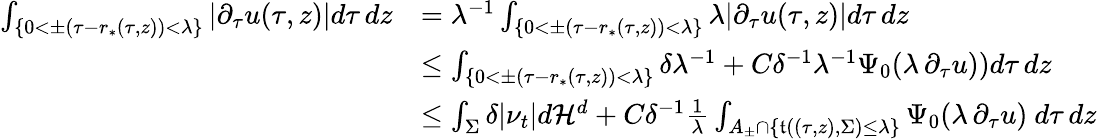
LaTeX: \begin{array}{rl}{\int_{\{ 0<\pm(\tau-r_{*}(\tau,z))<\lambda\} }|\partial_{\tau}u(\tau,z)|d\tau\, dz}&{=\lambda^{-1}\int_{\{ 0<\pm(\tau-r_{*}(\tau,z))<\lambda\} }\lambda|\partial_{\tau}u(\tau,z)|d\tau\, dz}\\ &{\leq\int_{\{ 0<\pm(\tau-r_{*}(\tau,z))<\lambda\} }\delta\lambda^{-1}+C\delta^{-1}\lambda^{-1}\Psi_{0}(\lambda\, \partial_{\tau}u))d\tau\, dz}\\ &{\leq\int_{\Sigma}\delta|\nu_{t}|d\mathcal{H}^{d}+C\delta^{-1}\frac{1}{\lambda}\int_{A_{\pm}\cap\{ \mathfrak{t}((\tau,z),\Sigma)\leq\lambda\} }\Psi_{0}(\lambda\, \partial_{\tau}u)\ d\tau\, dz}\end{array}